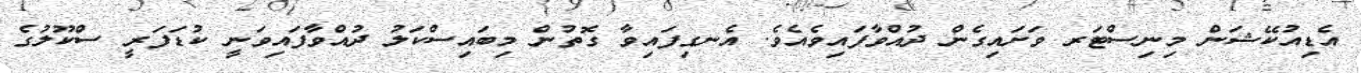
އެޑިއުކޭޝަން މިނިސްޓަރ ވަށައިގެން ދުއްވާފައިވެއެވެ. އެނގިފައިވާ ގޮތުން މިބައިސްކަލު ދުއްވާފައިވަނީ ކުޑަފަރީ ސްކޫލުގެ